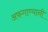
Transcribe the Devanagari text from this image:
अफगाण्यानी